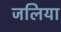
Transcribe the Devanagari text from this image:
जलिया